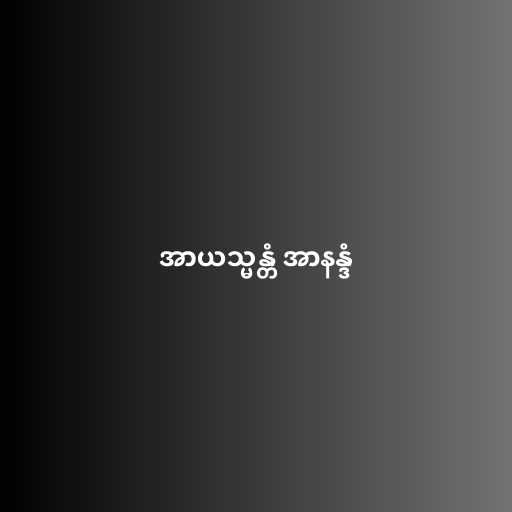
အာယသ္မန္တံ အာနန္ဒံ